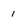
Character: 1